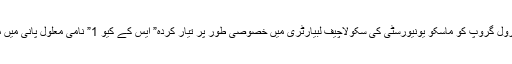
ان چوہوں کے ایک کنٹرول گروپ کو ماسکو یونیورسٹی کی سکولاچیف لبیارٹری میں خصوصی طور پر تیار کردہ” ایس کے کیو 1” نامی معلول پانی میں ملا کر پینے کو دیا گیا۔